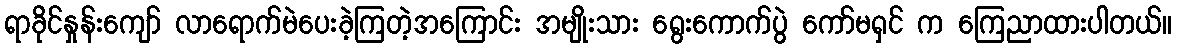
ရာခိုင်နှုန်းကျော် လာရောက်မဲပေးခဲ့ကြတဲ့အကြောင်း အမျိုးသား ရွေးကောက်ပွဲ ကော်မရှင် က ကြေညာထားပါတယ်။